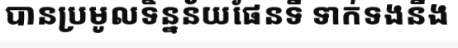
បានប្រមូលទិន្នន័យផែនទី ទាក់ទងនឹង